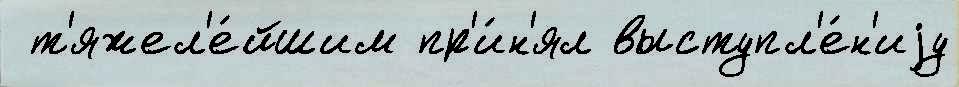
 т'яжел'е́йшим пр'и́н'ял выступл'е́н'иjу